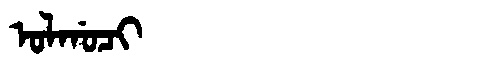
Manchu: ᠣᠯᡤᠣᠴᡳ
Romanization: OLGOCI